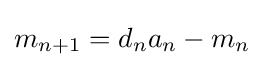
m_{n+1}=d_{n}a_{n}-m_{n}\,\!